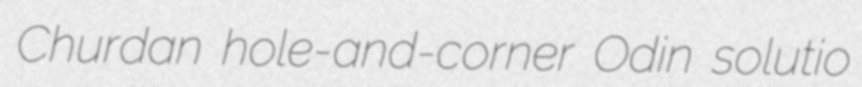
Churdan hole-and-corner Odin solutio